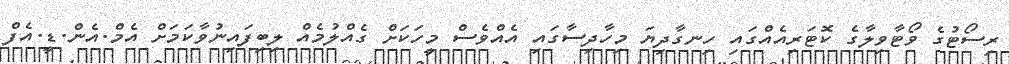
ރިސޯޓުގެ ވޯޓާވިލާގެ ކޮޓަރިއެއްގައި ހިނގާދިޔަ މިހާދިސާގައި އެއްވެސް މީހަކަށް ގެއްލުމެއް ލިބިފައިނުވާކަމަށް އެމް.އެން.ޑީ.އެފް